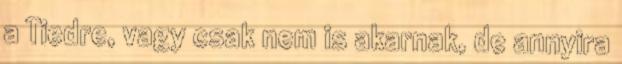
a Tiedre, vagy csak nem is akarnak, de annyira